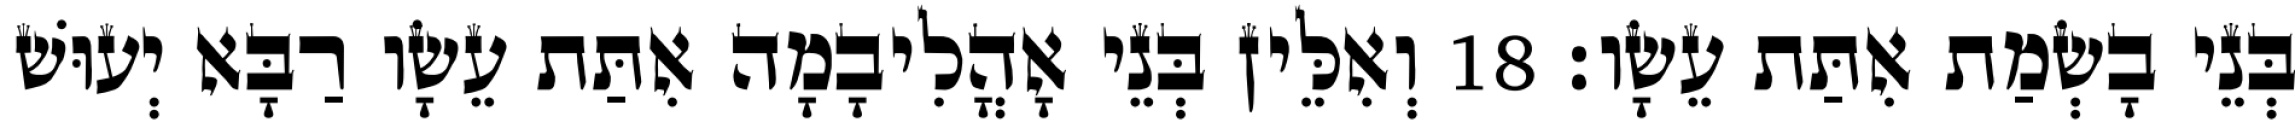
בְּנֵי בָשְׂמַת אִתַּת עֵשָׂו׃ 18 וְאִלֵּין בְּנֵי אָהֳלִיבָמָה אִתַּת עֵשָׂו רַבָּא יְעוּשׁ